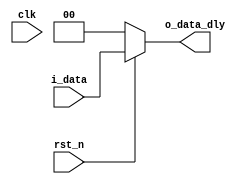
`timescale 1ns / 1ps
/* ====================================================================================
Company: 
Engineer: 

---------------------------------------------------------------------------------------
Create Date: 2017-04-05 10:42:30
Design Name: data_delay.v
Project Name: 

---------------------------------------------------------------------------------------
Description:	
				
---------------------------------------------------------------------------------------
Revision: 0.01

Revision 0.01 - File Created

==================================================================================== */


module data_delay #(
	parameter DATA_WIDTH	= 0	,	// 
	parameter LATENCY 		= 0		// 
)(
	input 							clk			,	// 
	input 							rst_n		,	// 
	
	input 		[DATA_WIDTH-1:0]	i_data		,	// 
	output 		[DATA_WIDTH-1:0] 	o_data_dly		// /
);

// 
generate 
	if(LATENCY == 0) begin

		assign o_data_dly = (~rst_n)? 0 : i_data;

	end
	else if(LATENCY == 1) begin
		
		// 
		reg [DATA_WIDTH-1:0] r_data_buffer;

		always @(posedge clk) begin
			if(~rst_n)				r_data_buffer <= 0;
			else 					r_data_buffer <= i_data;
		end

		assign o_data_dly = r_data_buffer;

	end
	else begin
		
		reg [LATENCY*DATA_WIDTH-1:0] r_data_buffer;

		always @(posedge clk) begin
			if(~rst_n)				r_data_buffer <= 0;
			else 					r_data_buffer <= {r_data_buffer[(LATENCY-1)*DATA_WIDTH-1:0],i_data};
		end

		assign o_data_dly = r_data_buffer[LATENCY*DATA_WIDTH-1:(LATENCY-1)*DATA_WIDTH];

	end
endgenerate 

endmodule